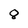
Character: 0